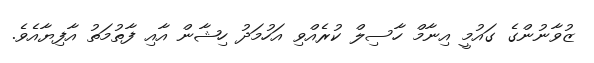
ޒުވާނުންގެ ގައުމީ އިނާމް ހާސިލް ކުރެއްވި އަހުމަދު ހިޝާން އާއި ފާތުމަތު އާފިޔާއެވެ.